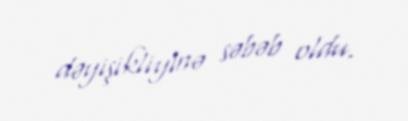
dəyişikliyinə səbəb oldu.